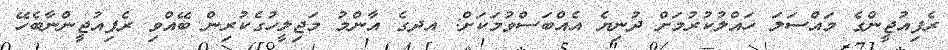
ރެފިއުޖީންގެ މައްސަލަ ހައްލުކުރުމަށް ދުނިޔެ އެއްބަސްވުމަކަށް: އދގެ އާންމު މަޖިލީހުގެކުރިން ބޭއްވި ރެފިއުޖީންނާބެހޭ